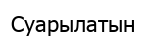
Суарылатын